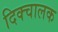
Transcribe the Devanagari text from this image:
दिक्चालक